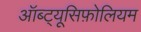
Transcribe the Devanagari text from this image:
ऑब्ट्यूसिफ़ोलियम